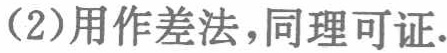
(2)用作差法，同理可证.